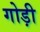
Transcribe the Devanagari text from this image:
गोड़ी